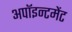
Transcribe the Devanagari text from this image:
अपॉइन्टमेंट